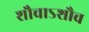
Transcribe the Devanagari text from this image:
शौचाऽशौच